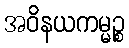
အဝိနယကမ္မဉ္စ